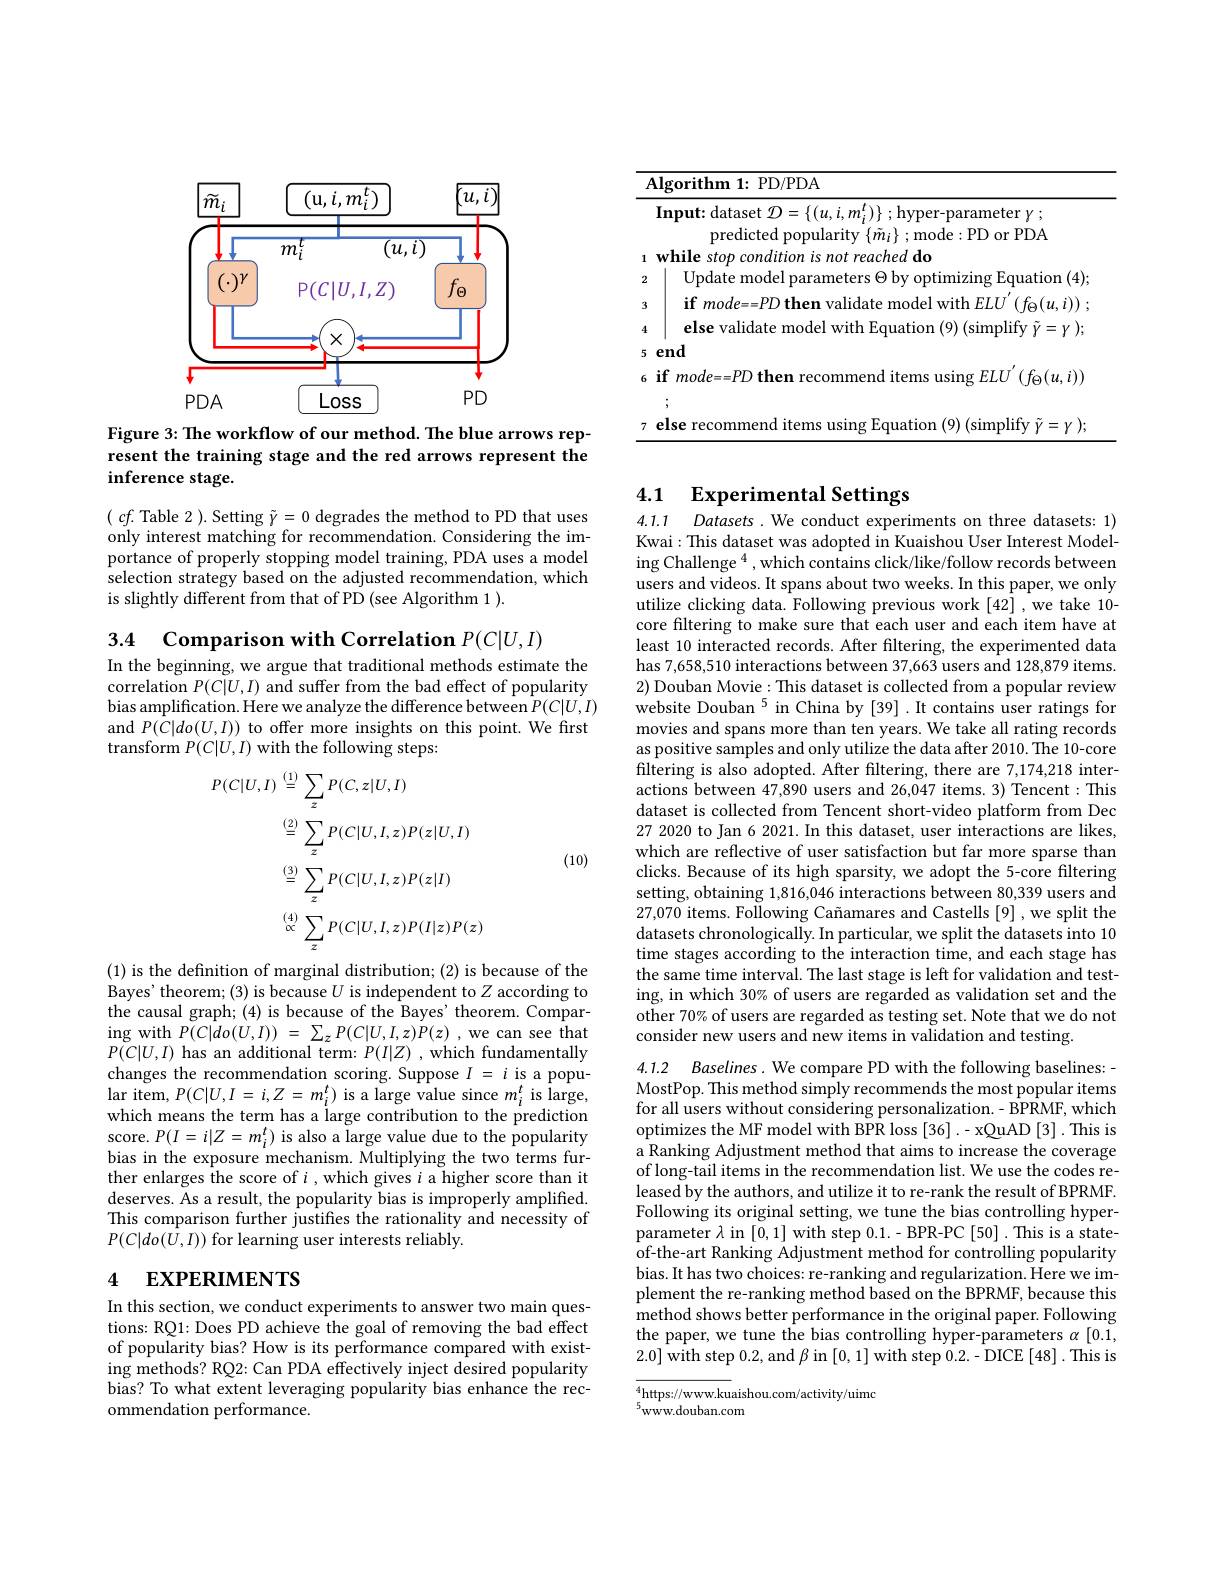
<table>
	<tbody>
		<tr>
			<td>11 T</td>
			<td>$\operatorname{lgorithm}1:$ :PD/PDA</td>
		</tr>
		<tr>
			<td> </td>
			<td>$\operatorname{Input:}$dataset $\mathcal{D}=$ er- parameter$\gamma$ ;</td>
		</tr>
		<tr>
			<td>1</td>
			<td>while stop condition is not reached do</td>
		</tr>
		<tr>
			<td>2</td>
			<td>Update model par ameters o optimizing Equation (4) $\Theta_{\mathrm{DV}}$</td>
		</tr>
		<tr>
			<td>5</td>
			<td>end</td>
		</tr>
		<tr>
			<td>7</td>
			<td>Simnlitu</td>
		</tr>
	</tbody>
</table>

<FigureHere>

Figure 3: The workflow of our method. The blue arrows represent the training stage and the red arrows represent the inference stage.

$(cf.$ Table 2 ). Setting $\tilde{\gamma}=0$ degrades the method to PD that uses only interest matching for recommendation. Considering the importance of properly stopping model training, PDA uses a model selection strategy based on the adjusted recommendation, which is slightly different from that of PD (see Algorithm 1 ).

3.4

Comparison with Correlation $P(C|U,I)$

In the beginning, we argue that traditional methods estimate the correlation $P(C|U,I)$ and suffer from the bad effect of popularity bias amplification. Here we analyze the difference between $P(C|U,I)$ and $P(C|do(U,I))$ to offer more insights on this point. We first transform $P(C|U,I)$ with the following steps:

(10)
$$\begin{aligned}P(C|U,I)&\stackrel{(1)}{=}\sum_{z}P(C,z|U,I)\\&\stackrel{(2)}{=}\sum_{z}P(C|U,I,z)P(z|U,I)\\&\stackrel{(3)}{=}\sum_{z}P(C|U,I,z)P(z|I)\\&\stackrel{(4)}{\propto}\sum_{z}P(C|U,I,z)P(I|z)P(z)\end{aligned}$$
(1) is the defnition of marginal distribution; (2) is because of the Bayes' theorem; (3) is because $U$ is independent to $Z$ according to the causal graph; (4) is because of the Bayes' theorem. Compar- $\operatorname{ing}$with$P( C| do( U, I) )$ = $\sum _{z}P( C| U, I, z) P( z)$ ,we can see that $P(C|U,I)$ has an additional term: $P(I|Z)$ ,which fundamentally changes the recommendation scoring. Suppose $I=i$ is a popu- $\operatorname*{lar}_{\mathrm{item,~}}P(C|U,I=i,Z=m_{i}^{t})$ is a large value since $m_i^{t}$ is large, which means the term has a large contribution to the prediction score. $P(I=i|Z=m_{i}^{t})$ is also a large value due to the popularity bias in the exposure mechanism. Multiplying the two terms further enlarges the score of $i$ ,which gives $i$ a higher score than it deserves. As a result, the popularity bias is improperly amplified. This comparison further justifies the rationality and necessity of $P(C|do(U,I))$ for learning user interests reliably.

# 4 EXPERIMENTS

In this section, we conduct experiments to answer two main questions: RQ1: Does PD achieve the goal of removing the bad effect of popularity bias? How is its performance compared with existing methods? RQ2: Can PDA effectively inject desired popularity bias? To what extent leveraging popularity bias enhance the recommendation performance.

## 4.1 $\textbf{Experimental Settings}$

4.1.1
Datasets . We conduct experiments on three datasets: 1)
Kwai: This dataset was adopted in Kuaishou User Interest Modeling Challenge $^4$,which contains click/like/follow records between users and videos. It spans about two weeks. In this paper, we only utilize clicking data. Following previous work [42] ,we take 10- core filtering to make sure that each user and each item have at least 10 interacted records. After filtering, the experimented data has 7,658,510 interactions between 37,663 users and 128,879 items 2) Douban Movie: This dataset is collected from a popular review website Douban $^{5}$ in China by [39]. It contains user ratings for movies and spans more than ten years. We take all rating records as positive samples and only utilize the data after 2010. The 10-core filtering is also adopted. After filtering, there are 7,174,218 interactions between 47,890 users and 26,047 items. 3) Tencent: This dataset is collected from Tencent short-video platform from Dec 27 2020 to Jan 6 2021. In this dataset, user interactions are likes, which are reflective of user satisfaction but far more sparse than clicks. Because of its high sparsity, we adopt the 5-core filtering setting, obtaining 1,816,046 interactions between 80,339 users and 27,070 items. Following Cañamares and Castells [9] , we split the datasets chronologically. In particular, we split the datasets into 10 time stages according to the interaction time, and each stage has the same time interval. The last stage is left for validation and testing, in which 30% of users are regarded as validation set and the other 70% of users are regarded as testing set. Note that we do not consider new users and new items in validation and testing.

4.1.2 Baselines. We compare PD with the following baselines:-

MostPop. This method simply recommends the most popular items for all users without considering personalization. - BPRMF, which optimizes the MF model with BPR loss [36].- xQuAD [3]. This is a Ranking Adjustment method that aims to increase the coverage of long-tail items in the recommendation list. We use the codes released by the authors, and utilize it to re-rank the result of BPRMF. Following its original setting, we tune the bias controlling hyperparameter $\lambda$ in [0,1] with step 0.1. - BPR-PC [50]. This is a stateof-the-art Ranking Adjustment method for controlling popularity bias. It has two choices: re-ranking and regularization. Here we implement the re-ranking method based on the BPRMF, because this method shows better performance in the original paper. Following the paper, we tune the bias controlling hyper-parameters $\alpha$ [0.1, 2.0] with step 0.2,and $\beta$ in [0,1] with step 0.2.-DICE [48]. This is

$_5^4$https://www.kuaishou.com/activity/uimc
$^{5}\dot{\mathrm{ww.douban.com}}$